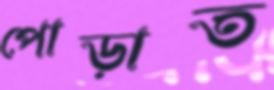
পোড়াত